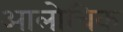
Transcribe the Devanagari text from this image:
आलोचिक